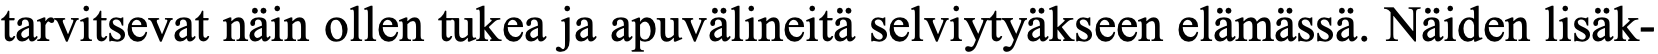
tarvitsevat näin ollen tukea ja apuvälineitä selviytyäkseen elämässä. Näiden lisäk-